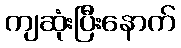
ကျဆုံးပြီးနောက်